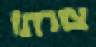
צורתו